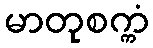
မာတုစက္ကံ